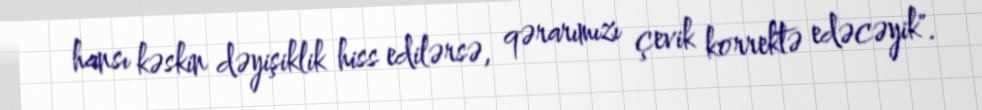
hansı kəskin dəyişiklik hiss edilərsə, qərarımızı çevik korrektə edəcəyik".